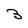
Character: B